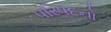
પરિષદનો